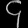
Digit: ၄